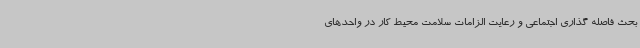
بحث فاصله گذاری اجتماعی و رعایت الزامات سلامت محیط کار در واحدهای